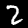
Digit: 2